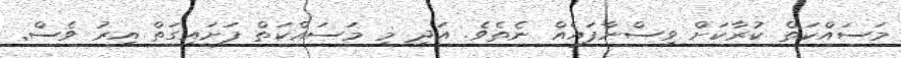
މަސައްކަތް ކުރާކަށް ވިސްނާފައެއް ނެތެވެ. އަދި މި މަސައްކަތް ފަށައިގަތް އިރު ވެސް